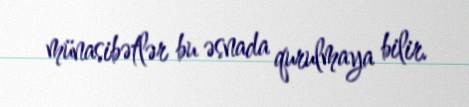
münasibətlər bu əsnada qurulmaya bilir.